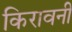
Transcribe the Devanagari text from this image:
किरावनी